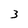
Character: 3